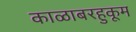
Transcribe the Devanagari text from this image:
काळाबरहुकूम